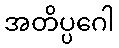
အတိပ္ပဂေါ